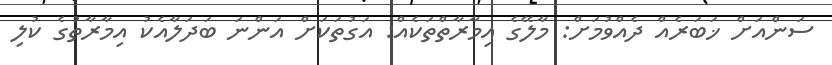
ސަންއަށް ޚަބަރެއް ދެއްވުމަށް: މާލޭގެ އިމާރާތްތަކެއް: އަގުތަކަށް އަންނަ ބަދަލާއެކު އިމާރާތުގެ ކުލި